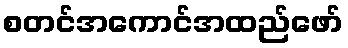
စတင်အကောင်အထည်ဖော်